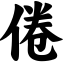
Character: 倦